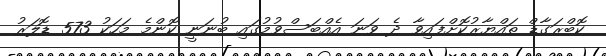
ކޮބްރަގާޑް ތައްޔާރުކޮށްފައިވާ ދެ ވަނަ އެއްބަސްވުމުގައި ބުނަނީ ކޮންމެ މަހަކު 573 ޑޮލަރު